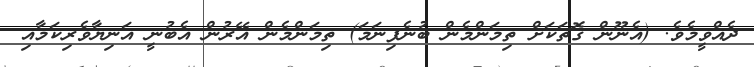
ދެއްވީމެވެ. (އެނޫން ގޮތަކަށް ތިމަންމެން ބުނެފިނަމަ) ތިމަންމެން އޭރުން އެބުނީ އަނިޔާވެރިކަމާއި